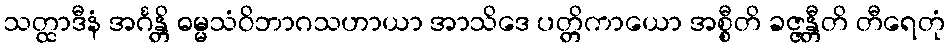
သတ္ထာဒီနံ အင်္ဂန္တိ ဓမ္မသံဝိဘာဂသဟာယာ အာသိဒေ ပတ္တိကာယော အစ္စီတိ ခဇ္ဇန္တီတိ တီရေတုံ